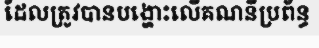
ដែលត្រូវបានបង្ហោះលើគណនីប្រព័ន្ធ